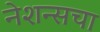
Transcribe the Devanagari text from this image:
नेशन्सचा